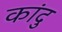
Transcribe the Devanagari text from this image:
कांदु